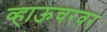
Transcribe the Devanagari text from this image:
व्हाऊचरवर